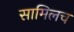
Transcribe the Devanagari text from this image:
सामिलच